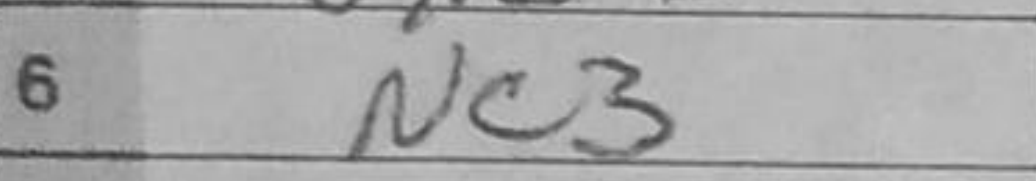
Transcription: Nc3